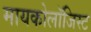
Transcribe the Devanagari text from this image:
मायकोलॉजिस्ट